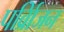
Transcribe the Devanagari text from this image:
पर्व्रािजन